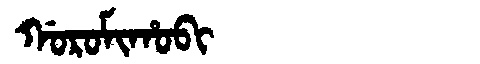
Manchu: ᡤᠣᡵᠣᠮᡳᡥᠣᠪᡳ
Romanization: GOROMIHOBI